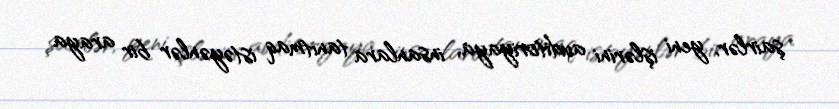
şairlər, yeni işlərini auditoriyaya, insanlara tanıtmaq istəyənlər bir araya